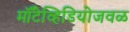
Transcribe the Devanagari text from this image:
मॉँटेव्हिडियोजवळ